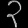
Digit: ၃